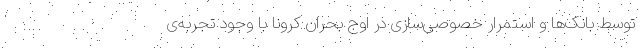
توسط بانک‌ها و استمرار خصوصی‌سازی در اوج بحران کرونا با وجود تجربه‌ی